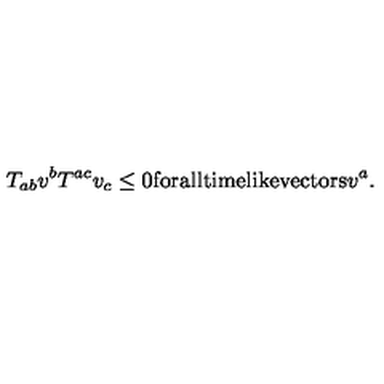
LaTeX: T _ { a b } v ^ { b } T ^ { a c } v _ { c } \leq 0 \mathrm { f o r a l l t i m e l i k e v e c t o r s } v ^ { a } .